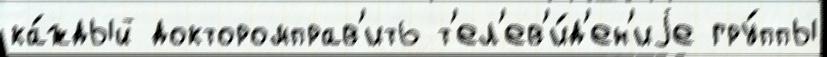
ка́ждый докторомправ'ить т'ел'ев'и́д'ен'иjе гру́ппы